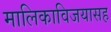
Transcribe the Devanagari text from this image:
मालिकाविजयासह